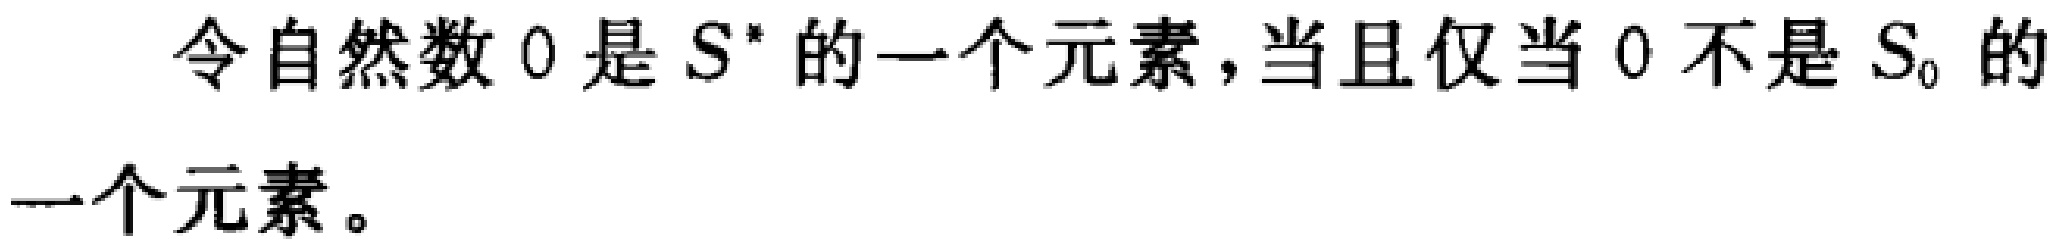
令自然数 \(0\) 是 \(S^{*}\) 的一个元素，当且仅当 \(0\) 不是 \(S_{0}\) 的一个元素。